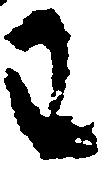
わ